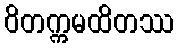
ဝိတက္ကမထိတဿ